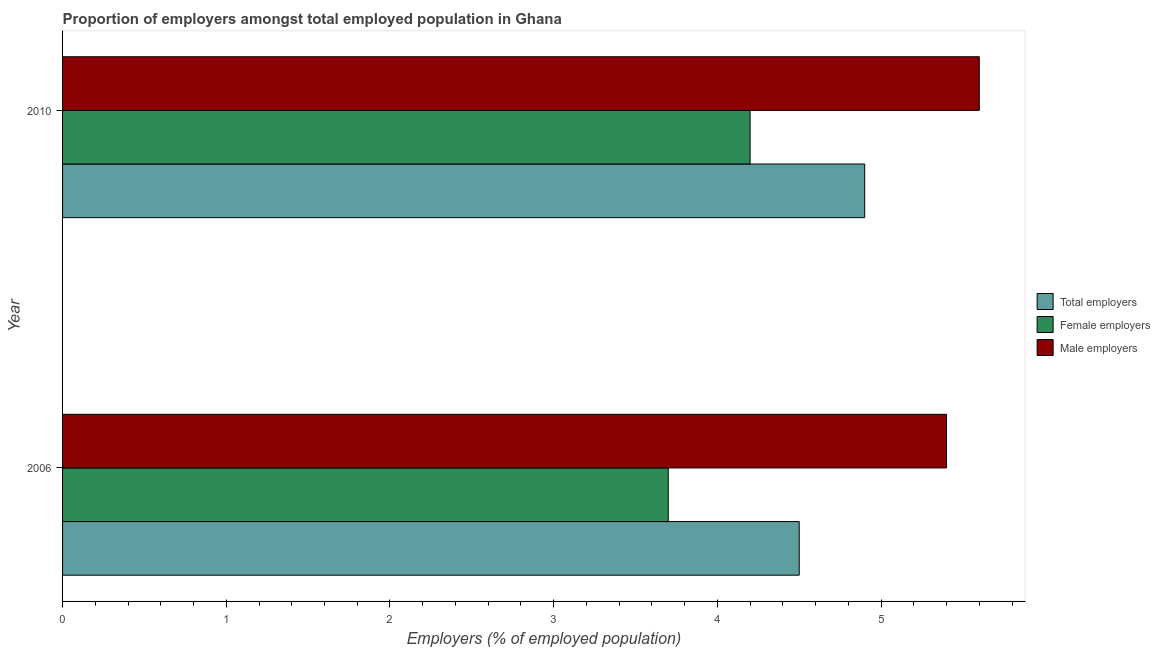
| Year | Total employers | Female employers | Male employers |
 | --- | --- | --- | --- |
 | 2006 | 4.5 | 3.7 | 5.4 |
 | 2010 | 4.9 | 4.2 | 5.6 |